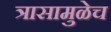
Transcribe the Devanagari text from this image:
त्रासामुळेच